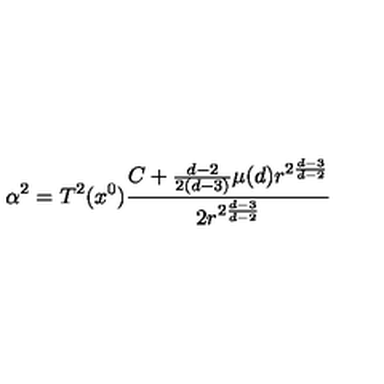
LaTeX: \alpha ^ { 2 } = T ^ { 2 } ( x ^ { 0 } ) \frac { C + \frac { d - 2 } { 2 ( d - 3 ) } \mu ( d ) r ^ { 2 \frac { d - 3 } { d - 2 } } } { 2 r ^ { 2 \frac { d - 3 } { d - 2 } } }